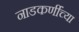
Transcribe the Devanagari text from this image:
नाडकर्णींच्या